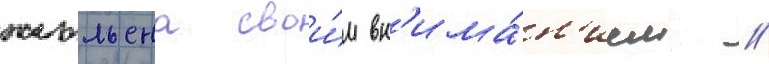
жюльена свои́м вн'има́н'ием //